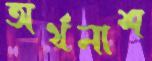
অর্থনাশ